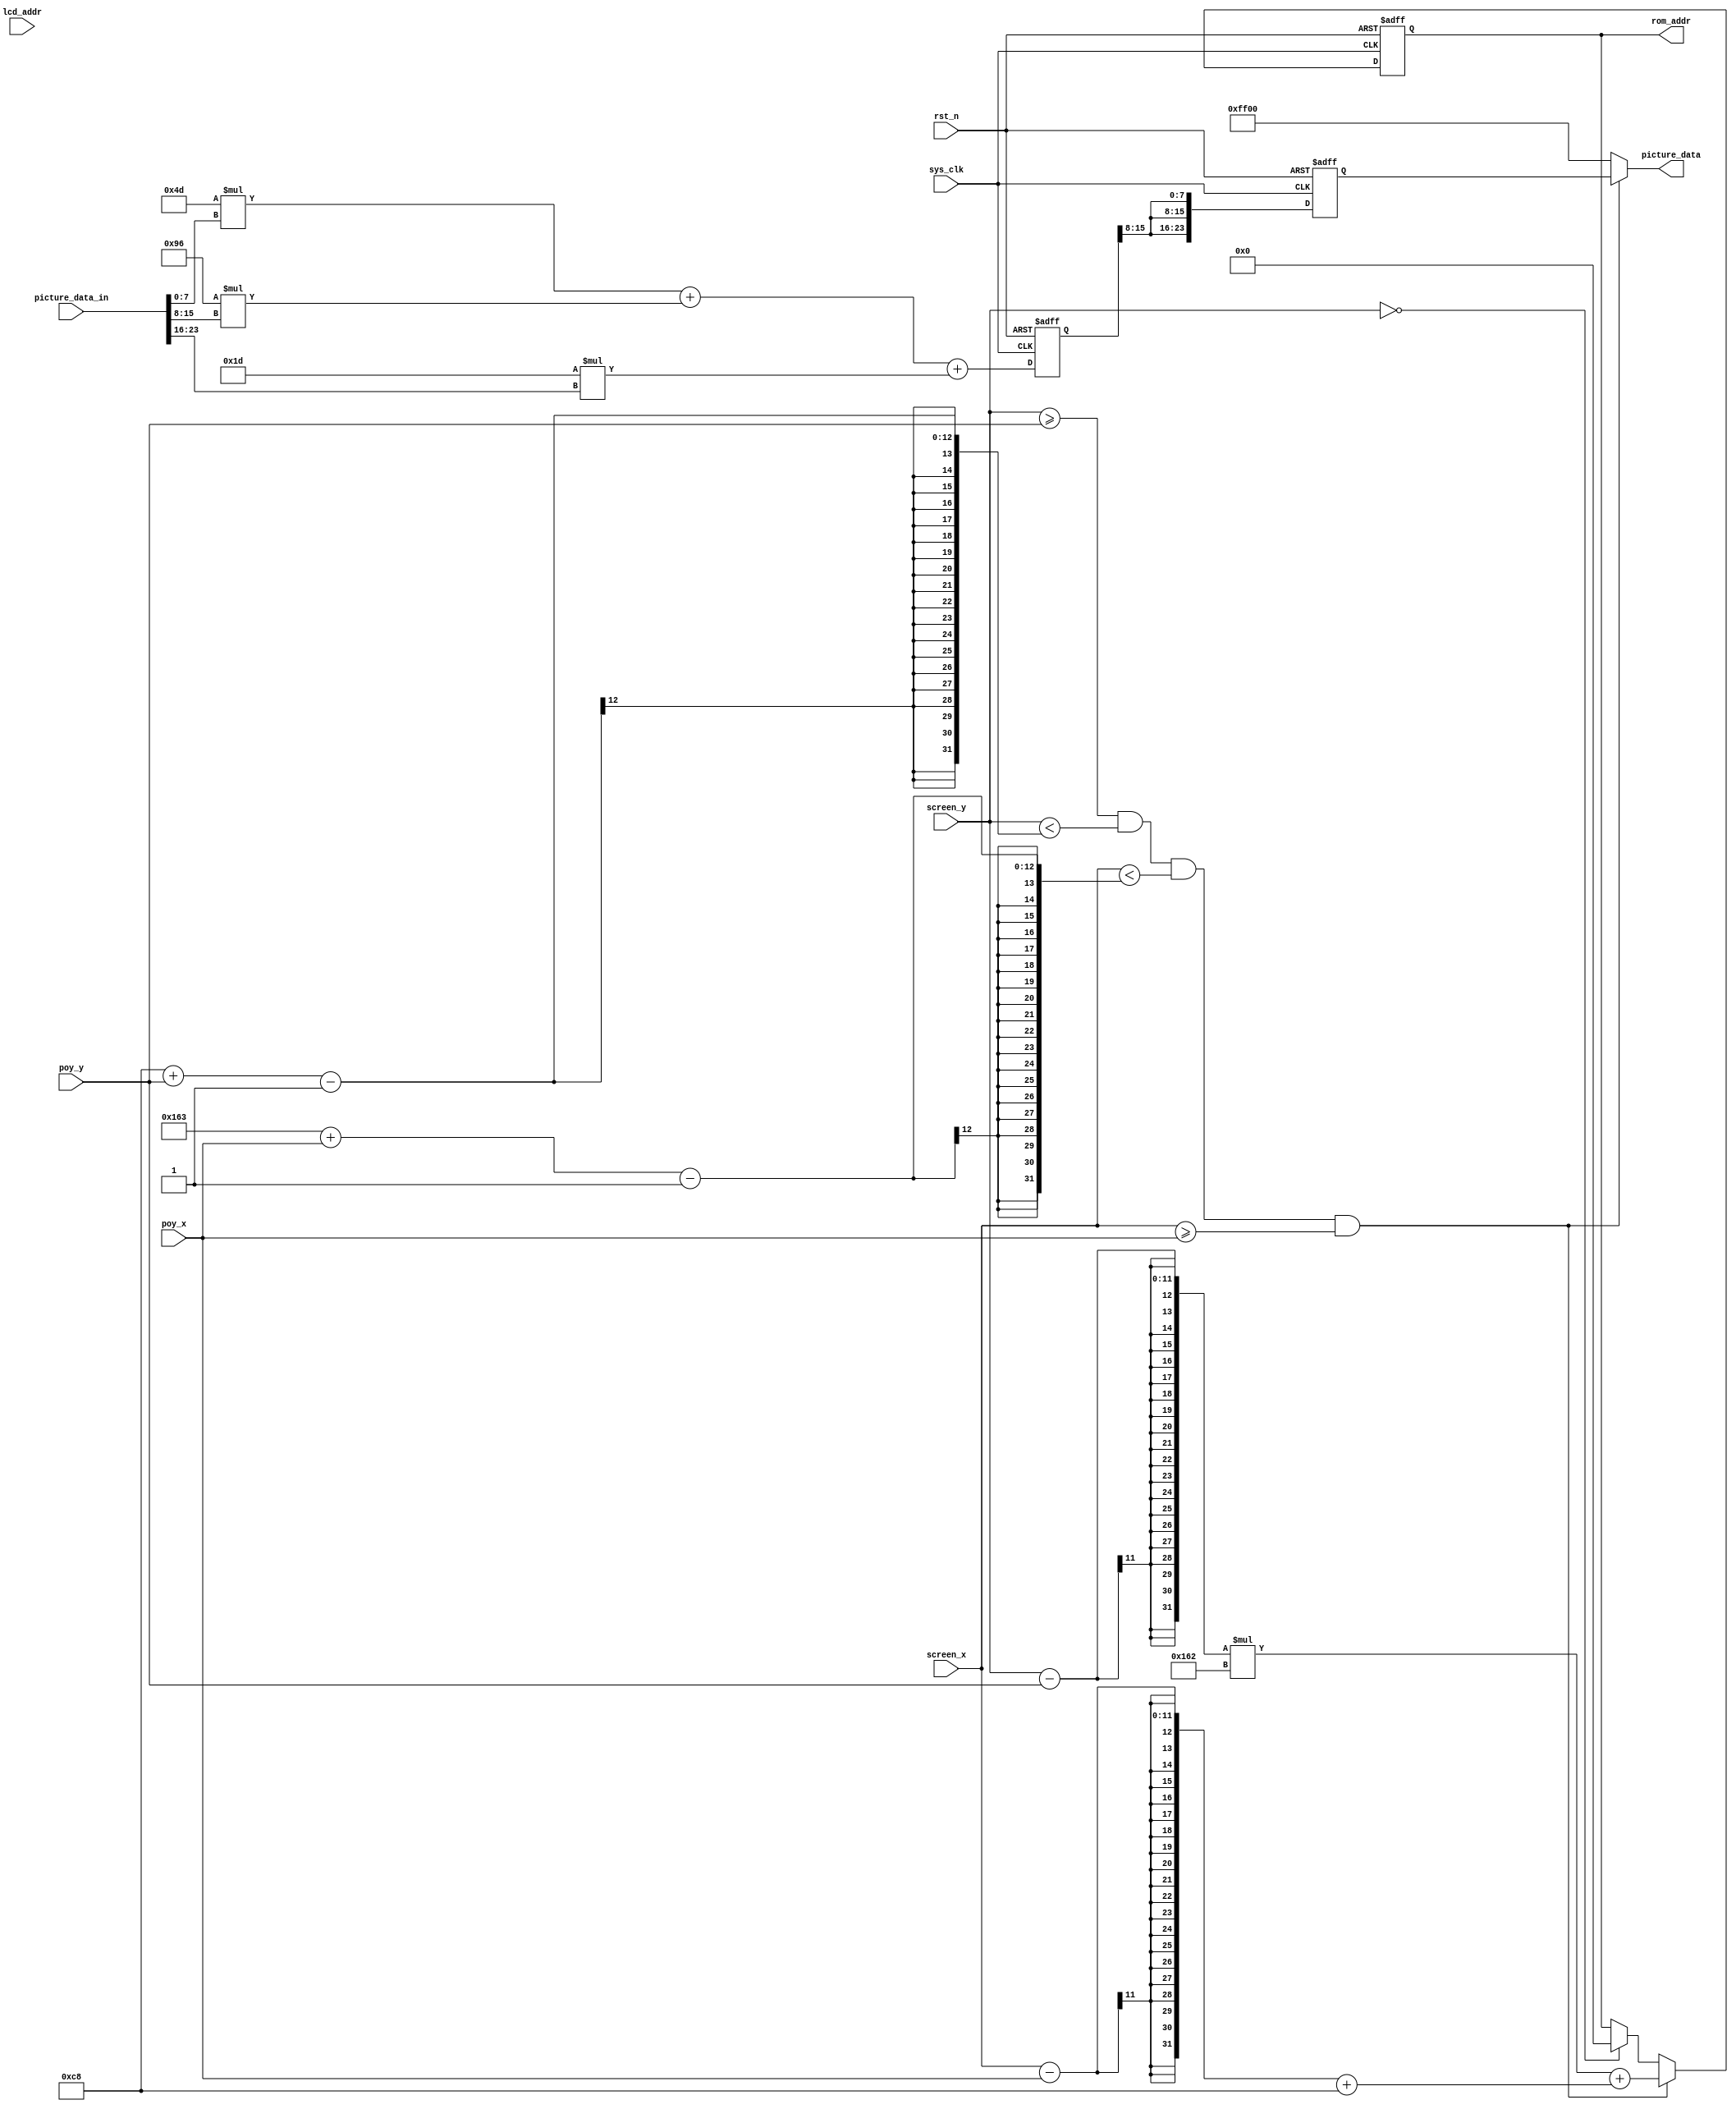
`timescale 1ns / 1ps
//////////////////////////////////////////////////////////////////////////////////
// Company: 
// Engineer: 
// 
// Design Name: 
// Module Name: data_picture
// Project Name: 
// Target Devices: 
// Tool Versions: 
// Description: 
// 
// Dependencies: 
// 
// Revision:
// Revision 0.01 - File Created
// Additional Comments:
// 
//////////////////////////////////////////////////////////////////////////////////


module data_picture(
     input  wire sys_clk,//
     input  wire rst_n,
     input  wire [23:0] lcd_addr,//
     input  wire [10:0] screen_x,//
     input  wire [10:0] screen_y,//
     input  wire [10:0] poy_x,//
     input  wire [10:0] poy_y,//
     input  wire [23:0] picture_data_in,//rom
     output wire [23:0]picture_data,//
     output reg [31:0]rom_addr      //rom
    );

//.......................................................................//
parameter piex_x=355;//
parameter piex_y=200;//


//.............................................................//
//.................................RGB888 TO YCbCr........................//
//wire [23:0]rom_temp_data2;
//assign rom_temp_data2=picture_data_in;

reg [23:0] rom_temp_data1;
reg [23:0] rom_temp_data2;
always@(posedge sys_clk or negedge rst_n)begin
     if(!rst_n)begin         
          rom_temp_data1[23:0]<=24'b0;
          rom_temp_data2[23:0]<=24'b0;
     end
     else begin
          rom_temp_data1[23:0]<=(77*picture_data_in[7:0]+150*picture_data_in[15:8]+29*picture_data_in[23:16]);//RGB888 TO YCbCr
          rom_temp_data2[23:0]<={rom_temp_data1[15:8],rom_temp_data1[15:8],rom_temp_data1[15:8]};
     end
end

assign picture_data[23:0] = ((screen_y>=poy_y)&&(screen_y<piex_y+poy_y-1)&&(screen_x<piex_x+poy_x-1)&&(screen_x>=poy_x)) ? rom_temp_data2[23:0] : 24'b00000000_11111111_00000000;
always@(posedge sys_clk or negedge rst_n)begin
     if(!rst_n)begin         
          rom_addr[31:0]<=17'b0;
     end
     else if((screen_y>=poy_y)&&(screen_y<(piex_y+poy_y-1))&&(screen_x<(piex_x+poy_x-1))&&(screen_x>=poy_x))begin 
          rom_addr[31:0]<=(screen_y-poy_y)*(piex_x-1)+(screen_x-poy_x+200);     
     end
     else if(screen_y==0)begin
          rom_addr[31:0]<=17'b0;
     end
end


    
endmodule